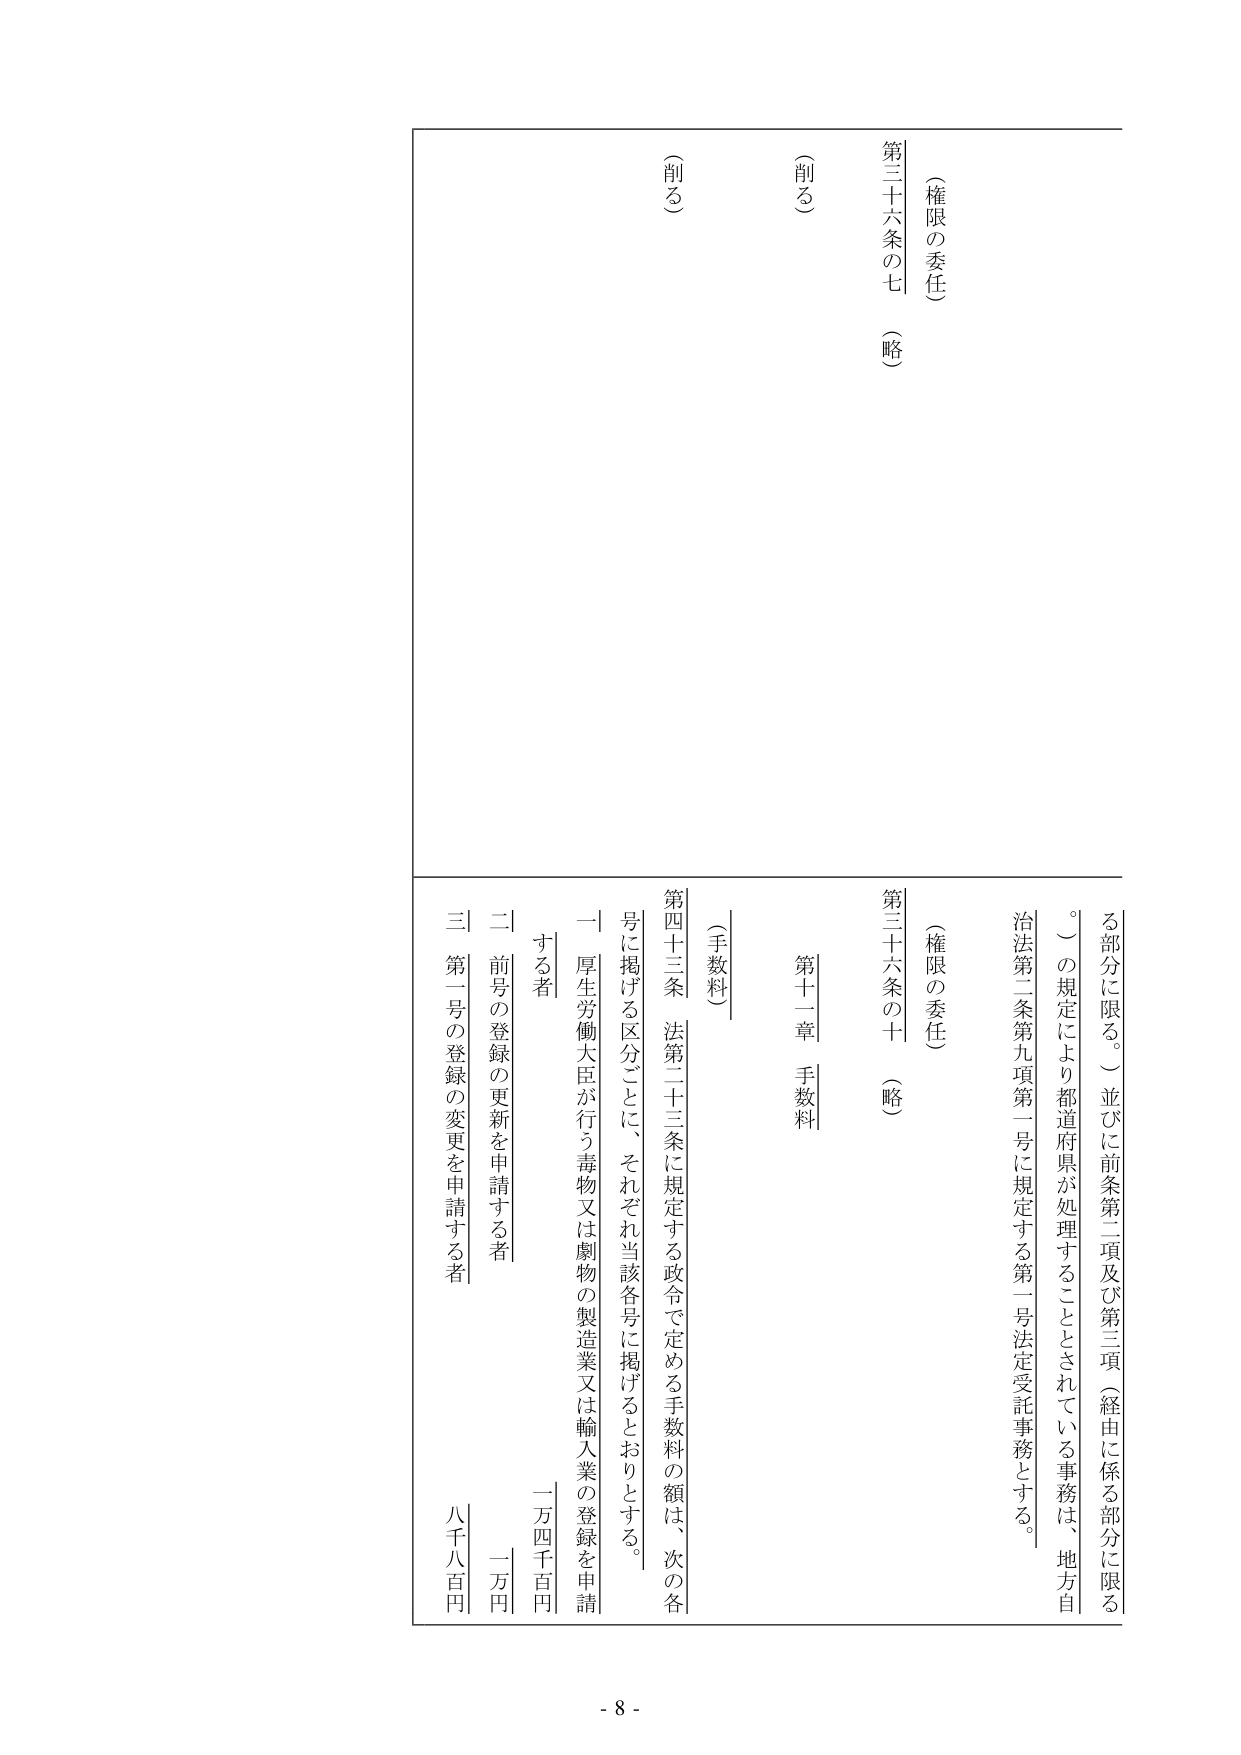
（権限の委任）
第三十六条の七 （略）
（削る）

（権限の委任）
第三十六条の十 （略）
（削る）

第十一章 手数料

（手数料）
第四十三条 法第二十三条に規定する政令で定める手数料の額は、次の各号に掲げる区分ごとに、それぞれ当該各号に掲げるとおりとする。
一 厚生労働大臣が行う毒物又は劇物の製造業又は輸入業の登録を申請する者 一萬四千百円
二 前号の登録の更新を申請する者 一萬円
三 第一号の登録の変更を申請する者 八千八百円

る部分に限る。）並びに前条第二項及び第三項（経由に係る部分に限る。）の規定により都道府県が処理することとされている事務は、地方自治法第二条第九項第一号に規定する第一号法定受託事務とする。

- 8 -